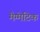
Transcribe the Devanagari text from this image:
मैग्मेटिक